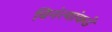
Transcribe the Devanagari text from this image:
विनंत्यांकडे